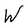
Character: W